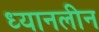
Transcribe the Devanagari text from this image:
ध्यानलीन